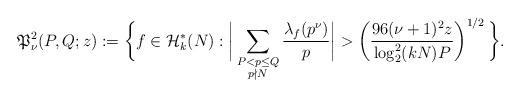
LaTeX: \begin{align*}\mathfrak{P}_\nu^{2}(P,Q;z):= \bigg\{f\in \mathcal{H}_k^*(N): \bigg|\sum_{\substack{P<p\leq Q\\p\nmid N}}\frac{\lambda_f(p^\nu)}{p}\bigg|>\left(\frac{96(\nu+1)^2z}{\log_2^2 (kN)P}\right)^{1/2}\bigg\}.\end{align*}